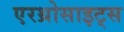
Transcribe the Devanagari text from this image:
एरथ्रोसाइट्स